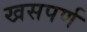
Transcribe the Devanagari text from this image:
खसपर्ण